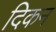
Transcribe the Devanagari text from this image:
दिकन